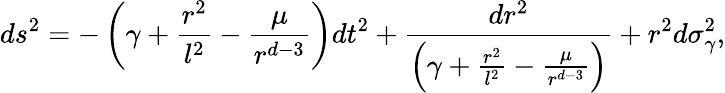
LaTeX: ds^{2}=-\left(\gamma+\frac{r^{2}}{l^{2}}-\frac{\mu}{r^{d-3}}\right)dt^{2}+\frac{dr^{2}}{\left(\gamma+\frac{r^{2}}{l^{2}}-\frac{\mu}{r^{d-3}}\right)}+r^{2}d\sigma_{\gamma}^{2},